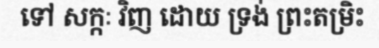
ទៅ សក្កៈ វិញ ដោយ ទ្រង់ ព្រះតម្រិះ